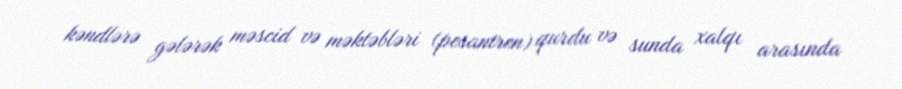
kəndlərə gələrək məscid və məktəbləri (pesantren) qurdu və sunda xalqı arasında